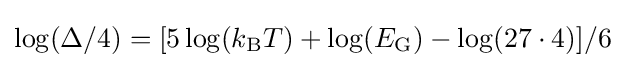
\log(\Delta /4)=[5\log(k_{\rm {B}}T)+\log(E_{\rm {G}})-\log(27\cdot 4)]/6